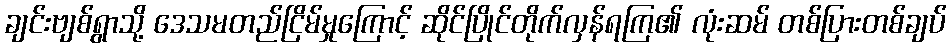
ချင်းဗျစ်ရွာသို့ ဒေသမတည်ငြိမ်မှုကြောင့် ဆိုင်ပြိုင်တိုက်လှန်ရကြ၏ လုံးဆမ် တစ်ပြားတစ်ချပ်